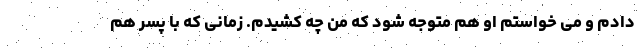
دادم و می خواستم او هم متوجه شود که من چه کشیدم. زمانی که با پسر هم